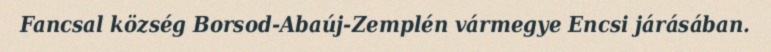
Fancsal község Borsod-Abaúj-Zemplén vármegye Encsi járásában.